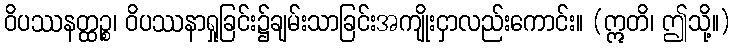
ဝိပဿနတ္ထဉ္စ၊ ဝိပဿနာရှုခြင်း၌ချမ်းသာခြင်းအကျိုးငှာလည်းကောင်း။ (ဣတိ၊ ဤသို့။)